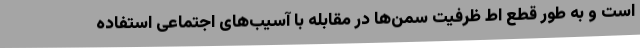
است و به طور قطع اط ظرفیت سمن‌ها در مقابله با آسیب‌های اجتماعی استفاده